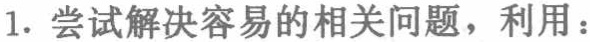
1. 尝试解决容易的相关问题，利用：